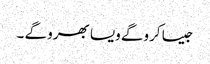
جیسا کروگے ویسا بھرو گے ۔